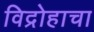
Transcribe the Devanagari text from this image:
विद्रोहाचा